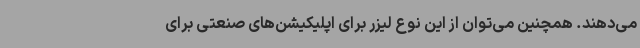
می‌دهند. همچنین می‌توان از این نوع لیزر برای اپلیکیشن‌های صنعتی برای